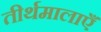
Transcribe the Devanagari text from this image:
तीर्थमालाएँ